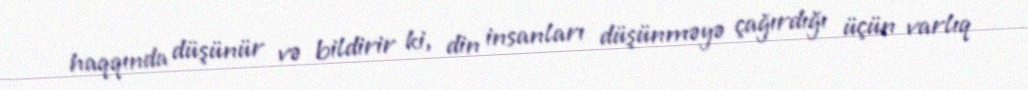
haqqında düşünür və bildirir ki, din insanları düşünməyə çağırdığı üçün varlıq